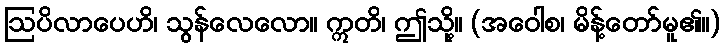
ဩပိလာပေဟိ၊ သွန်လေလော။ ဣတိ၊ ဤသို့။ (အဝေါစ၊ မိန့်တော်မူ၏။)